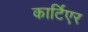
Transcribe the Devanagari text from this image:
कार्टिएर